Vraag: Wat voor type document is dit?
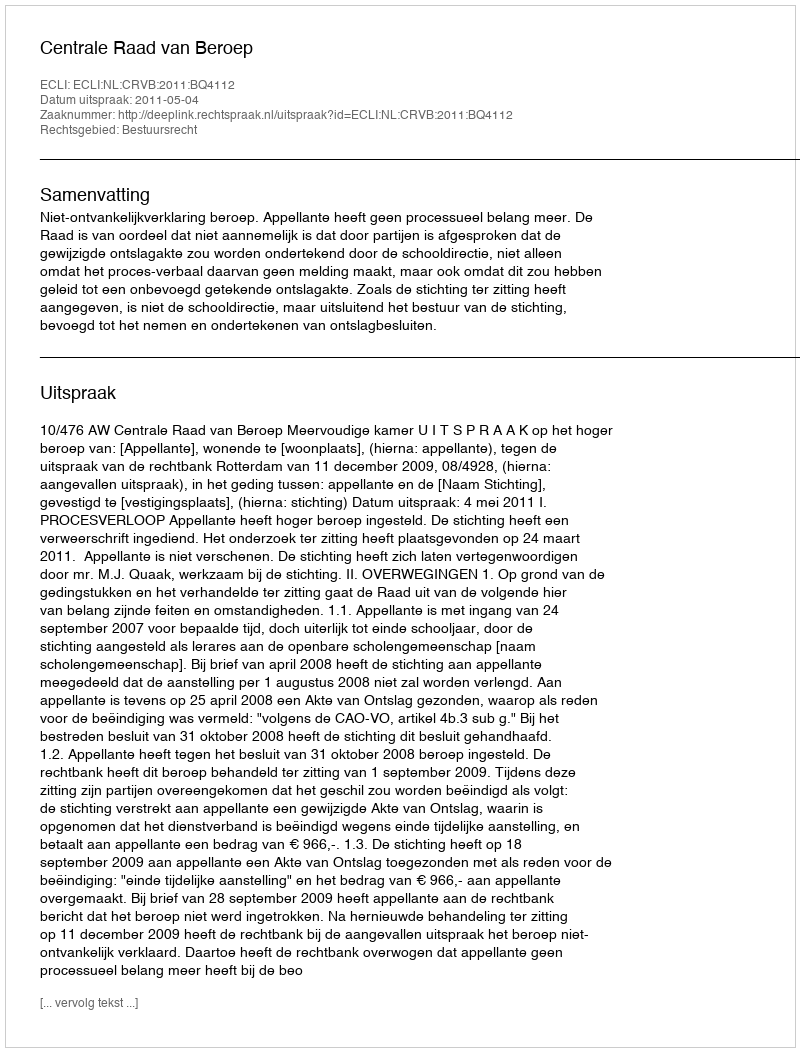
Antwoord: Uitspraak